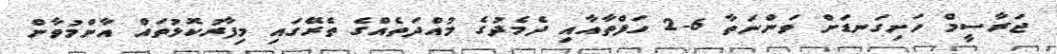
ޖަރާސީމް ހަށިގަނޑަށް ވަންނަތާ 6-2 ހަފްތާއާއި ދެމެދުގެ މުއްދަތެއްގެ ތެރޭގައި މިފާރުކޮޅުތައް އާންމުވާން